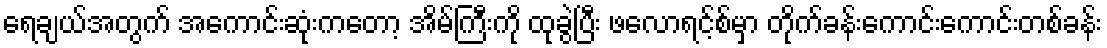
ရေချယ်အတွက် အကောင်းဆုံးကတော့ အိမ်ကြီးကို ထုခွဲပြီး ဖလောရင့်စ်မှာ တိုက်ခန်းကောင်းကောင်းတစ်ခန်း